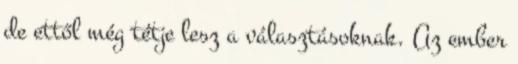
de ettől még tétje lesz a választásoknak. Az ember